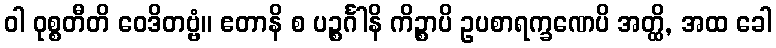
ဝါ ဝုစ္စတီတိ ဝေဒိတဗ္ဗံ။ ဧတာနိ စ ပဉ္စင်္ဂါနိ ကိဉ္စာပိ ဥပစာရက္ခဏေပိ အတ္ထိ, အထ ခေါ